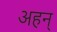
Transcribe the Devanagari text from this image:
अहन्